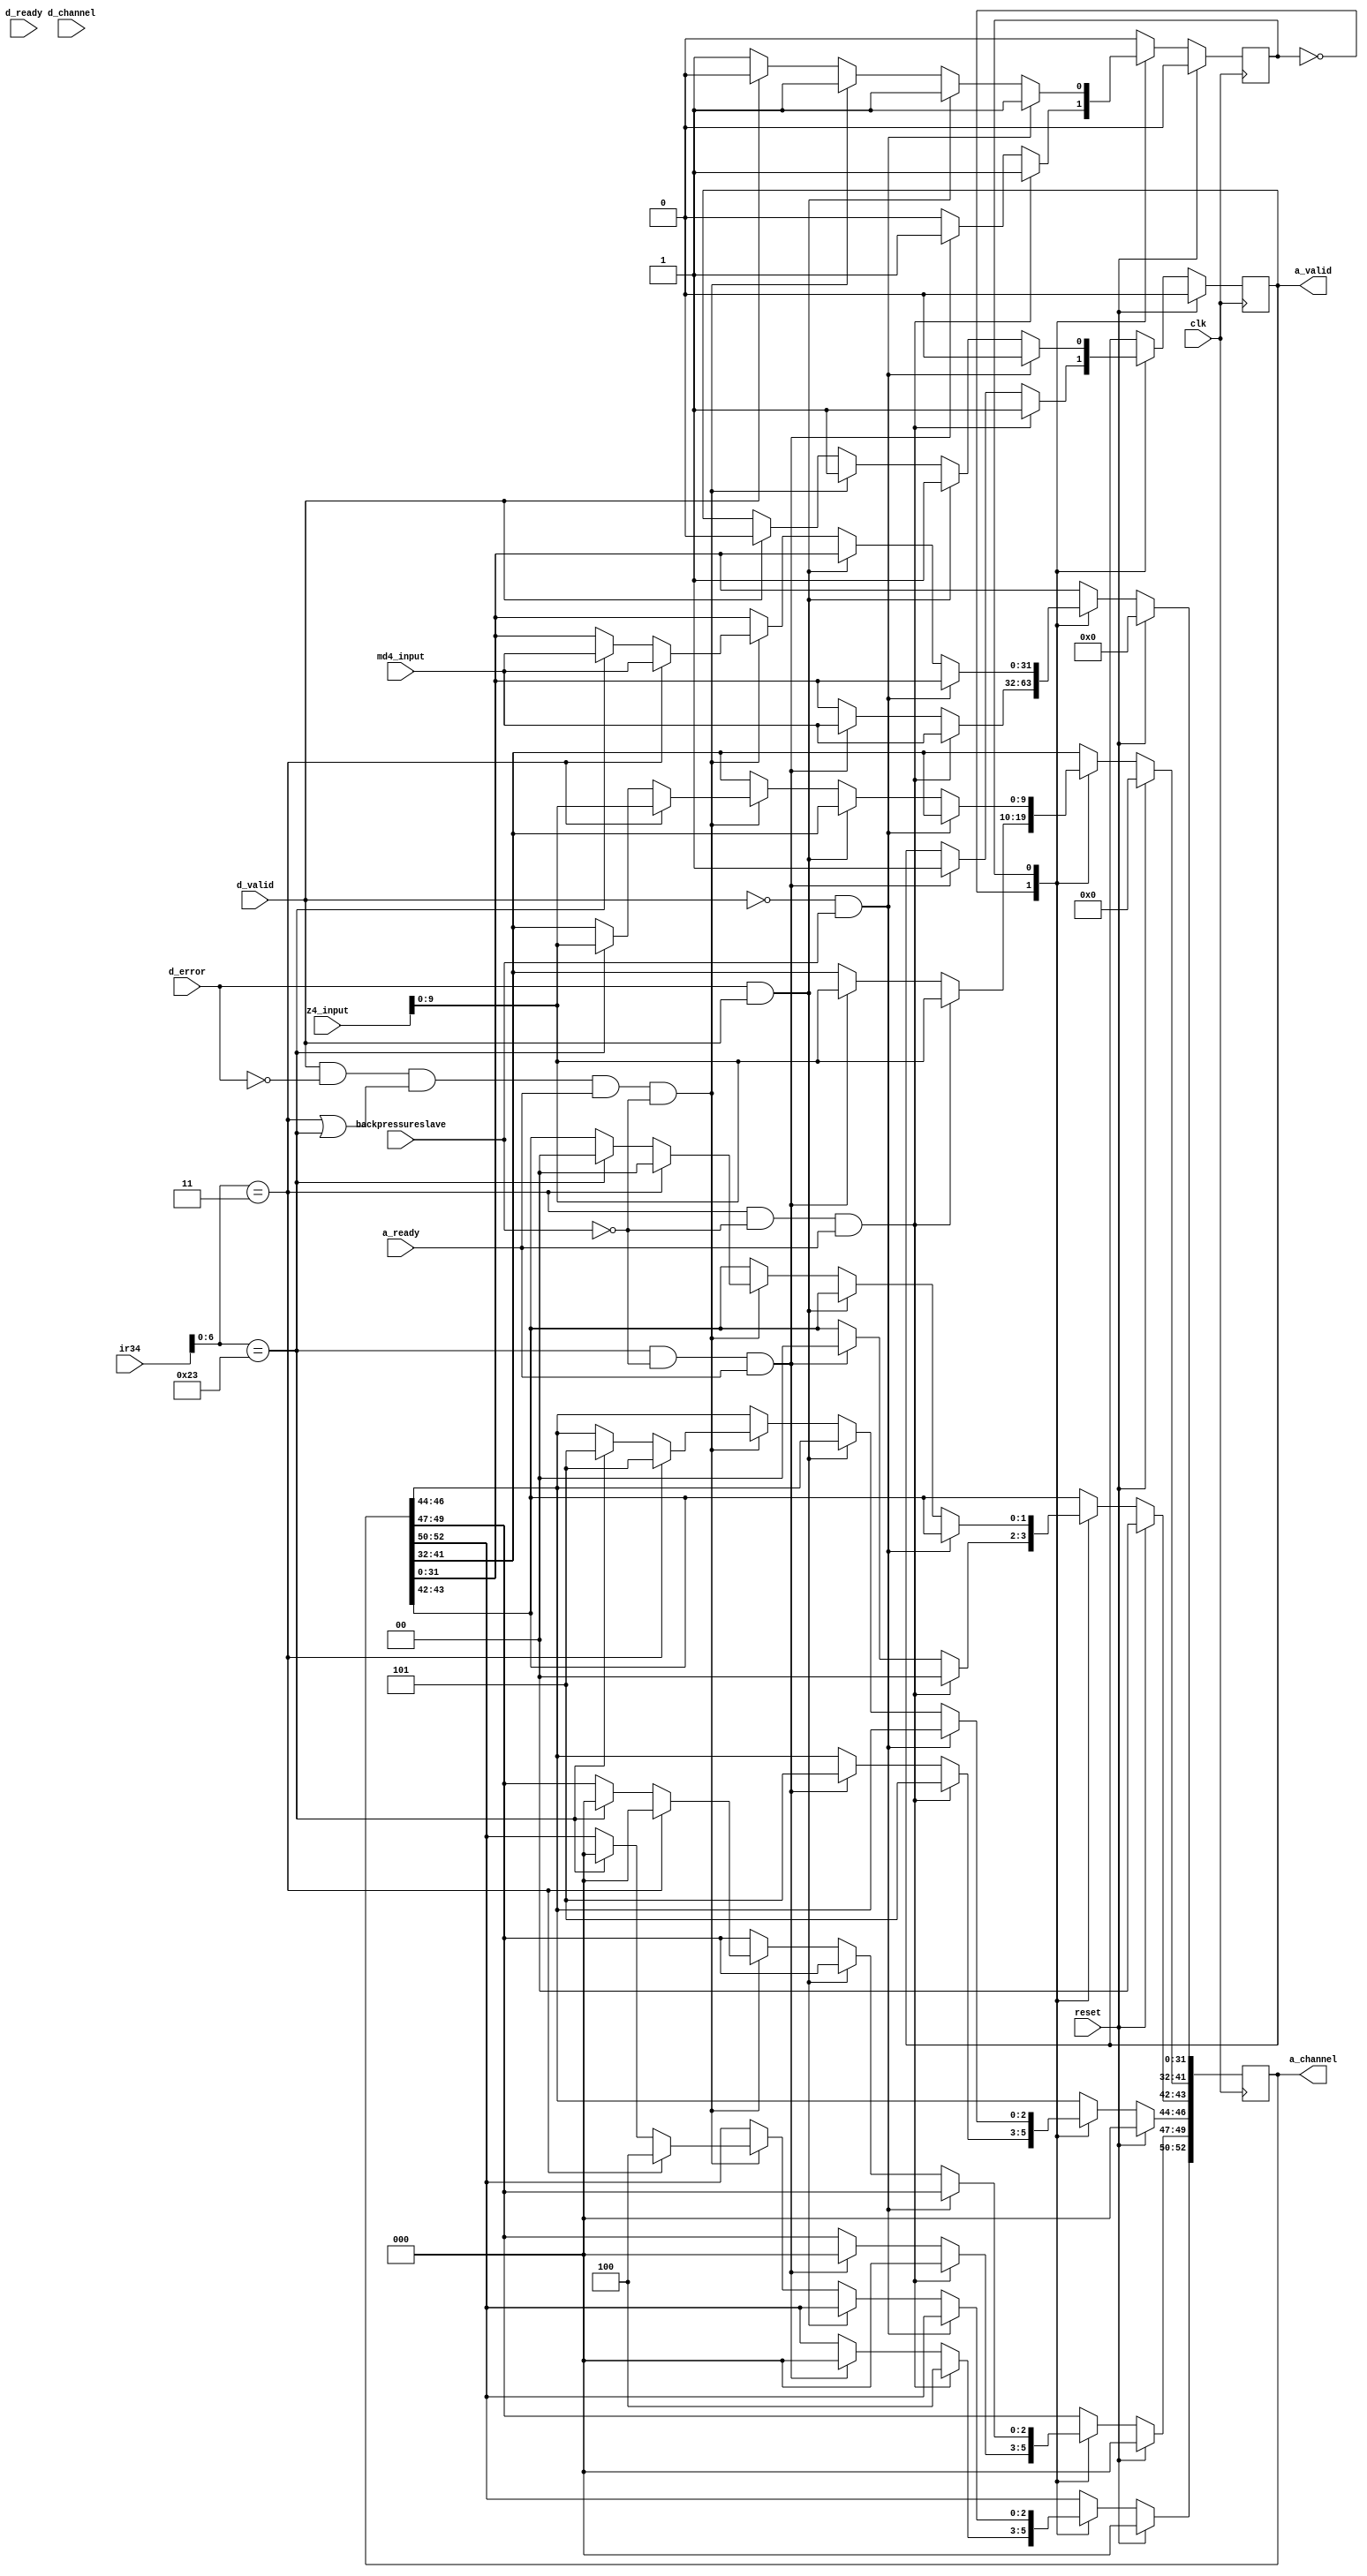
module master(clk,reset,ir34,a_ready,a_valid,a_channel,d_channel,d_ready,backpressureslave,z4_input,md4_input,d_valid,d_error);

parameter a_channel_size = 53;
parameter d_channel_size = 43;

input[31:0] z4_input;
input[31:0] md4_input;
input clk,reset;
input[31:0] ir34;
input[d_channel_size-1:0] d_channel;
input backpressureslave;
input a_ready;
input d_ready;
input d_valid;
input d_error;

output[a_channel_size-1:0] a_channel;
output a_valid;
reg a_valid;
reg[a_channel_size-1:0] a_channel;
reg state;

//a_opcode[52:50] a_param[49:47] a_size[46:44] a_source[43:42] a_address[41:32] a_data[31:0] 
//d_opcode[42:40] d_param[39:37] d_size[36:34] d_source[33:32] d_error[31] d_data[31:0]

always@(posedge clk)
		begin
			if(reset==1)
				begin
					a_valid <= 0;
					a_channel <= 0;
					state <= 0;
				end
			else
				begin
					case(state)
						0: 	begin
									if(ir34[6:0]==7'b0000011&&backpressureslave==0&&a_ready==1)           //lw
										begin
											a_valid <= 1;
											state <=1;
											a_channel[52:50] <=   4;         //opcode
											a_channel[49:47] <=   0;         //param
											a_channel[46:44] <=   5;            //size
											a_channel[43:42] <=   0;            //source
											a_channel[41:32] <=   z4_input[9:0];           //address
											a_channel[31:0] <=    md4_input;           //data

										end
									else if(ir34[6:0]==7'b0100011&&backpressureslave==0&&a_ready==1)           //sw
										begin
											a_valid <= 1;
											state <= 1;
											a_channel[52:50] <=  0;					//opcode
											a_channel[49:47] <=	 0;			   //param
											a_channel[46:44] <=	 5;			   //size
											a_channel[43:42] <=	 0;			   //source
											a_channel[41:32] <=	 z4_input[9:0]; 				   //address
											a_channel[31:0] <=   md4_input;              //data
										end
							end
						1: begin
								if((d_valid!=1)&&backpressureslave==1)
									begin
											
											a_valid<=0;
									end
								else if(d_error==1&&d_valid==1)
									begin
											a_valid<=1;
									end
	 	 						else if((d_valid==1&&d_error!=1)&&(ir34[6:0]==7'b0000011||ir34[6:0]==7'b0100011)&&a_ready==1&&backpressureslave==0)
									begin
											a_valid <= 1;
											if(ir34[6:0]==7'b0000011)					//lw
												begin
													a_channel[52:50] <= 4;				//opcode
													a_channel[49:47] <= 0;				//param
													a_channel[46:44] <= 5;				//size
													a_channel[43:42] <= 0;				//source
													a_channel[41:32] <= z4_input[9:0];	//address
													a_channel[31:0] <= md4_input;		//data
												end
											else if(ir34[6:0]==7'b0100011)              	//sw
												begin
													a_channel[52:50] <= 0;					//opcode
													a_channel[49:47] <= 0;					//param
													a_channel[46:44] <= 5;					//size
													a_channel[43:42] <= 0;					//source
													a_channel[41:32] <= z4_input[9:0];		//address
													a_channel[31:0] <= md4_input;			//data
												end
									end
								else if(d_valid==1)
									begin
											a_valid <= 0;
											state <= 0;
									end
						   end
					endcase
				end
		end





endmodule